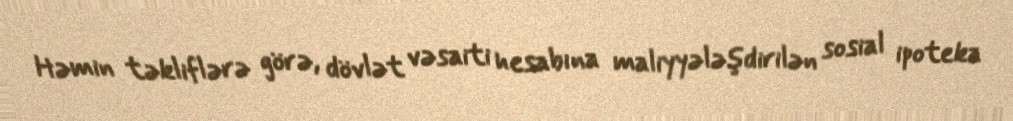
Həmin təkliflərə görə, dövlət vəsaiti hesabına maliyyələşdirilən sosial ipoteka